Annual statistical returns and brief notes on vaccination in Bengal - 1896-1909
Year: 1896
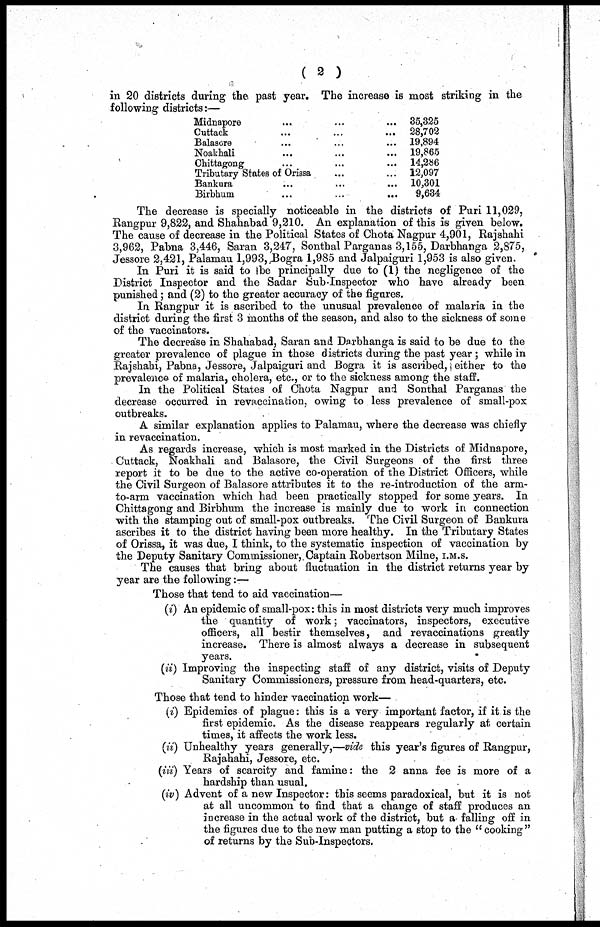
( 2 )
in 20 districts during the past year. The increase is most striking in the
following districts:—
Midnapore ... ... ...
Cuttack ... ... ...
Balasore ... ... ...
Noakhali ... ... ...
Chittagong ... ... ...
Tributary States of Orissa ... ... ...
Bankura ... ... ...
Birbhum
...
...
...
35,325
28,702
19,894
19,865
14,286
12,097
10,301
9,634
The decrease is specially noticeable in the districts of Puri 11,029,
Rangpur 9,822, and Shahabad 9,210. An explanation of this is given below.
The cause of decrease in the Political States of Chota Nagpur 4,901, Rajshahi
3,962, Pabna 3,446, Saran 3,247, Sonthal Parganas 3,155, Darbhanga 2,875,
Jessore 2,421, Palamau 1,993, Bogra 1,985 and Jalpaiguri 1,953 is also given.
In Puri it is said to be principally due to (1) the negligence of the
District Inspector and the Sadar Sub-Inspector who have already been
punished; and (2) to the greater accuracy of the figures.
In Rangpur it is ascribed to the unusual prevalence of malaria in the
district during the first 3 months of the season, and also to the sickness of some
of the vaccinators.
The decrease in Shahabad, Saran and Darbhanga is said to be due to the
greater prevalence of plague in those districts during the past year; while in
Rajshahi, Pabna, Jessore, Jalpaiguri and Bogra it is ascribed, either to the
prevalence of malaria, cholera, etc., or to the sickness among the staff.
In the Political States of Chota Nagpur and Sonthal Parganas the
decrease occurred in revaccination, owing to less prevalence of small-pox
outbreaks.
A similar explanation applies to Palamau, where the decrease was chiefly
in revaccination.
As regards increase, which is most marked in the Districts of Midnapore,
Cuttack, Noakhali and Balasore, the Civil Surgeons of the first three
report it to be due to the active co-operation of the District Officers, while
the Civil Surgeon of Balasore attributes it to the re-introduction of the arm-
to-arm vaccination which had been practically stopped for some years. In
Chittagong and Birbhum the increase is mainly due to work in connection
with the stamping out of small-pox outbreaks. The Civil Surgeon of Bankura
ascribes it to the district having been more healthy. In the Tributary States
of Orissa, it was due, I think, to the systematic inspection of vaccination by
the Deputy Sanitary Commissioner, Captain Robertson Milne, I.M.S.
The causes that bring about fluctuation in the district returns year by
year are the following:—
Those that tend to aid vaccination—
(i) An epidemic of small-pox: this in most districts very much improves
the quantity of work; vaccinators, inspectors, executive
officers, all bestir themselves, and revaccinations greatly
increase. There is almost always a decrease in subsequent
years.
(ii) Improving the inspecting staff of any district, visits of Deputy
Sanitary Commissioners, pressure from head-quarters, etc.
Those that tend to hinder vaccination work—
(i) Epidemics of plague: this is a very important factor, if it is the
first epidemic. As the disease reappears regularly at certain
times, it affects the work less.
(ii) Unhealthy years generally,—vide this year's figures of Rangpur,
Rajahahi, Jessore, etc.
(iii) Years of scarcity and famine: the 2 anna fee is more of a
hardship than usual.
(iv) Advent of a new Inspector: this seems paradoxical, but it is not
at all uncommon to find that a change of staff produces an
increase in the actual work of the district, but a falling off in
the figures due to the new man putting a stop to the "cooking"
of returns by the Sub-Inspectors.